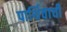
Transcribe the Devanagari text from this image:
पार्थिवाची